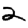
Digit: 2